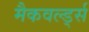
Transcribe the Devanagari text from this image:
मैकवर्ल्ड्स